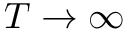
T \to \infty